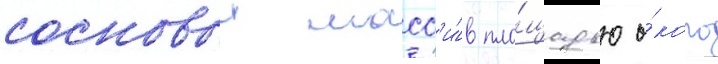
сосновыи масс'и́в пло́щадью о́коло